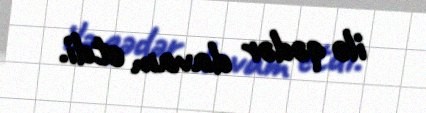
ilə qədər davam etdi.